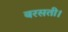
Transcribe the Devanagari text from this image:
बरसती।